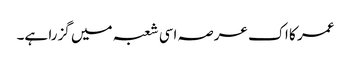
عمر کا اک عرصہ اسی شعبہ میں گزرا ہے۔